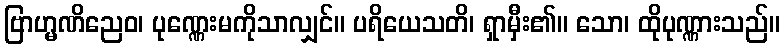
ဗြာဟ္မဏိညေဝ၊ ပုဏ္ဏေးမကိုသာလျှင်။ ပရိယေသတိ၊ ရှာမှီး၏။ သော၊ ထိုပုဏ္ဏားသည်။